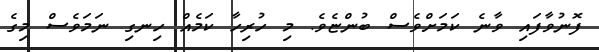
ފޮނުވާފައި ވާނެ ކަމަށްވެސް ބުންޏެވެ. މި ހުރިހާ ކަމެއް ހިނގި ނަމަވެސް މިގެ